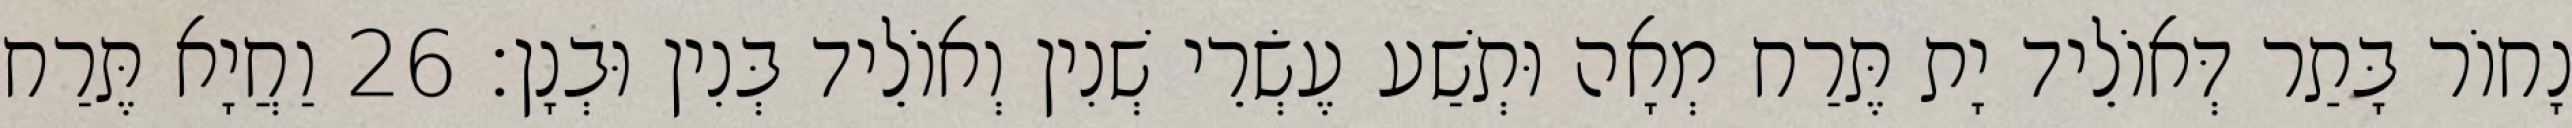
נָחוֹר בָּתַר דְּאוֹלֵיד יָת תֶּרַח מְאָה וּתְשַׁע עֶשְׂרֵי שְׁנִין וְאוֹלֵיד בְּנִין וּבְנָן׃ 26 וַחֲיָא תֶּרַח